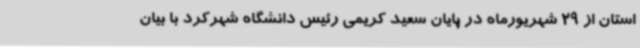
استان از 29 شهریورماه در پایان سعید کریمی رئیس دانشگاه شهرکرد با بیان